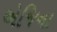
એજિના